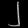
Digit: ၂